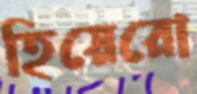
হিয়েরো